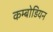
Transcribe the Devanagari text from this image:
कम्बोडियन